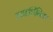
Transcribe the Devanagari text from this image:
व्यक्तीनिष्ठ